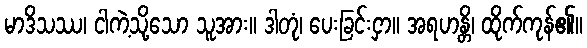
မာဒိသဿ၊ ငါကဲ့သို့သော သူအား။ ဒါတုံ၊ ပေးခြင်းငှာ။ အရဟန္တိ၊ ထိုက်ကုန်၏။